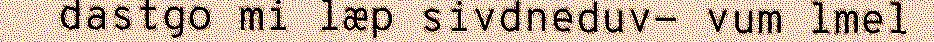
dastgo mi læp sivdneduv- vum lmel